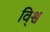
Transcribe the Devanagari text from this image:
वि्श्व